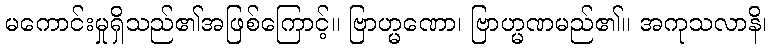
မကောင်းမှုရှိသည်၏အဖြစ်ကြောင့်။ ဗြာဟ္မဏော၊ ဗြာဟ္မဏမည်၏။ အကုသလာနိ၊